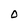
Character: 0